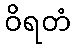
ဝိရတံ